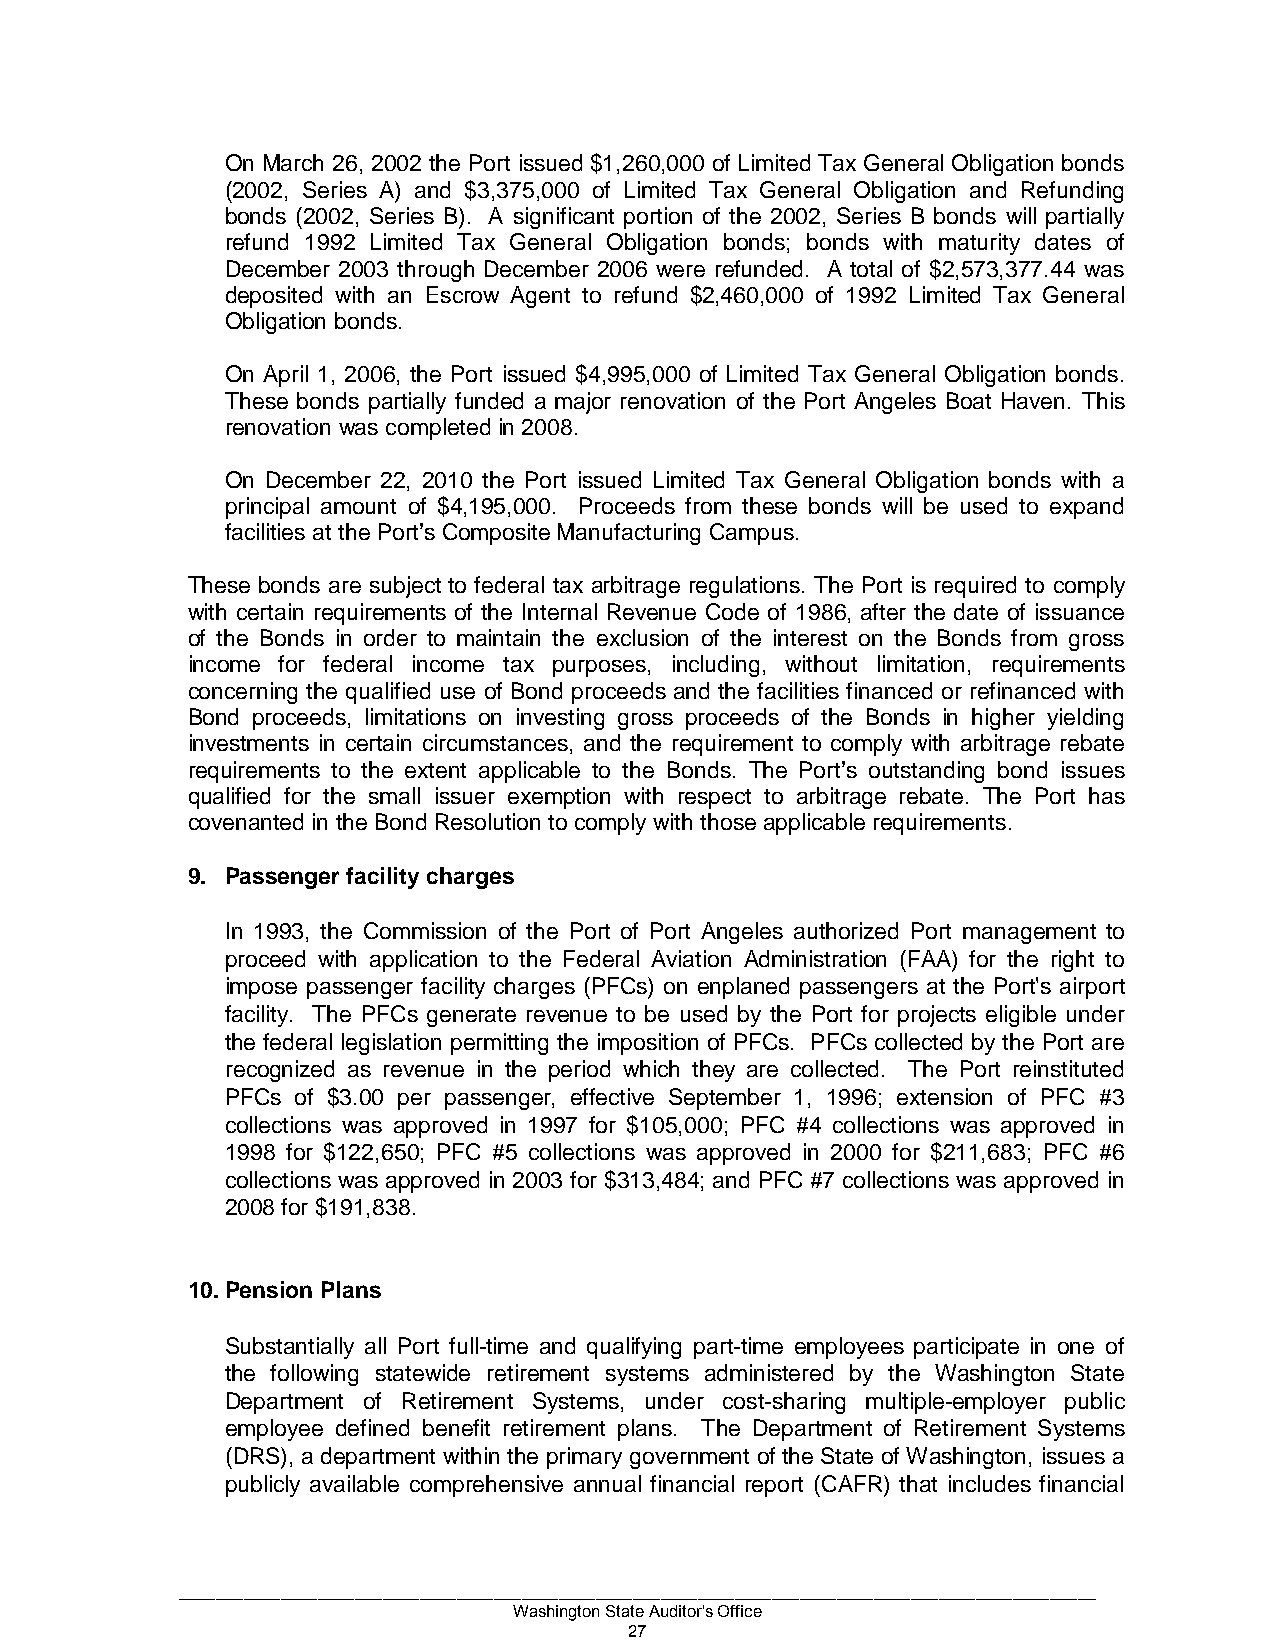
On March 26, 2002 the Port issued $1,260,000 of Limited Tax General Obligation bonds
 (2002, Series A) and $3,375,000 of Limited Tax General Obligation and Refunding
 bonds (2002, Series B). A significant portion of the 2002, Series B bonds will partially
 refund 1992 Limited Tax General Obligation bonds; bonds with maturity dates of
 December 2003 through December 2006 were refunded. A total of $2,573,377.44 was
 deposited with an Escrow Agent to refund $2,460,000 of 1992 Limited Tax General
 Obligation bonds.
 On April 1, 2006, the Port issued $4,995,000 of Limited Tax General Obligation bonds.
 These bonds partially funded a major renovation of the Port Angeles Boat Haven. This
 renovation was completed in 2008.
 On December 22, 2010 the Port issued Limited Tax General Obligation bonds with a
 principal amount of $4,195,000. Proceeds from these bonds will be used to expand
 facilities at the Port’s Composite Manufacturing Campus.
 These bonds are subject to federal tax arbitrage regulations. The Port is required to comply
 with certain requirements of the Internal Revenue Code of 1986, after the date of issuance
 of the Bonds in order to maintain the exclusion of the interest on the Bonds from gross
 income for federal income tax purposes, including, without limitation, requirements
 concerning the qualified use of Bond proceeds and the facilities financed or refinanced with
 Bond proceeds, limitations on investing gross proceeds of the Bonds in higher yielding
 investments in certain circumstances, and the requirement to comply with arbitrage rebate
 requirements to the extent applicable to the Bonds. The Port’s outstanding bond issues
 qualified for the small issuer exemption with respect to arbitrage rebate. The Port has
 covenanted in the Bond Resolution to comply with those applicable requirements.
 9. Passenger facility charges
 In 1993, the Commission of the Port of Port Angeles authorized Port management to
 proceed with application to the Federal Aviation Administration (FAA) for the right to
 impose passenger facility charges (PFCs) on enplaned passengers at the Port's airport
 facility. The PFCs generate revenue to be used by the Port for projects eligible under
 the federal legislation permitting the imposition of PFCs. PFCs collected by the Port are
 recognized as revenue in the period which they are collected. The Port reinstituted
 PFCs of $3.00 per passenger, effective September 1, 1996; extension of PFC #3
 collections was approved in 1997 for $105,000; PFC #4 collections was approved in
 1998 for $122,650; PFC #5 collections was approved in 2000 for $211,683; PFC #6
 collections was approved in 2003 for $313,484; and PFC #7 collections was approved in
 2008 for $191,838.
 10. Pension Plans
 Substantially all Port full-time and qualifying part-time employees participate in one of
 the following statewide retirement systems administered by the Washington State
 Department of Retirement Systems, under cost-sharing multiple-employer public
 employee defined benefit retirement plans. The Department of Retirement Systems
 (DRS), a department within the primary government of the State of Washington, issues a
 publicly available comprehensive annual financial report (CAFR) that includes financial
 ___________________________________________________________________________________________________
 Washington State Auditor's Office
 27